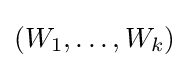
(W_{1},\dots ,W_{k})